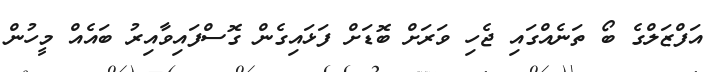
އަފްޒަލްގެ ބޯ ތަނެއްގައި ޖެހި ވަރަށް ބޮޑަށް ފަޅައިގެން ގޮސްފައިވާއިރު ބައެއް މީހުން